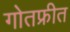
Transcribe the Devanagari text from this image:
गोतफ्रीत